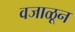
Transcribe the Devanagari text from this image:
वजाळून